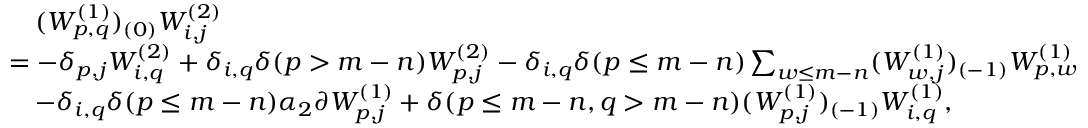
\begin{array} { r l } & { \quad ( W _ { p , q } ^ { ( 1 ) } ) _ { ( 0 ) } W _ { i , j } ^ { ( 2 ) } } \\ & { = - \delta _ { p , j } W _ { i , q } ^ { ( 2 ) } + \delta _ { i , q } \delta ( p > m - n ) W _ { p , j } ^ { ( 2 ) } - \delta _ { i , q } \delta ( p \leq m - n ) \sum _ { w \leq m - n } ( W _ { w , j } ^ { ( 1 ) } ) _ { ( - 1 ) } W _ { p , w } ^ { ( 1 ) } } \\ & { \quad - \delta _ { i , q } \delta ( p \leq m - n ) \alpha _ { 2 } \partial W _ { p , j } ^ { ( 1 ) } + \delta ( p \leq m - n , q > m - n ) ( W _ { p , j } ^ { ( 1 ) } ) _ { ( - 1 ) } W _ { i , q } ^ { ( 1 ) } , } \end{array}